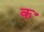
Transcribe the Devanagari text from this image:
क॰